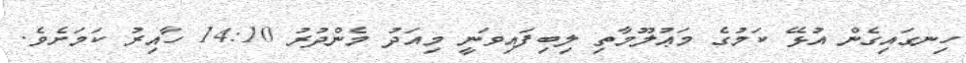
ހިނގައިގެން އުޅޭ ކަމުގެ މަޢުލޫމާތި ލިބިފައިވަނީ މިއަދު މެންދުރު 14:10 ހާއިރު ކަމަށެވެ.